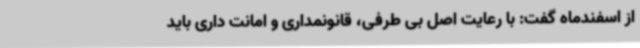
از اسفندماه گفت: با رعایت اصل بی طرفی، قانونمداری و امانت داری باید